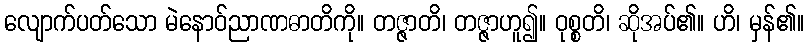
လျောက်ပတ်သော မဲနောဝ်ညာဏဓာတိကို။ တဇ္ဇာတိ၊ တဇ္ဇာဟူ၍။ ဝုစ္စတိ၊ ဆိုအပ်၏။ ဟိ၊ မှန်၏။